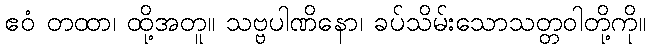
ဧဝံ တထာ၊ ထို့အတူ။ သဗ္ဗပါဏိနော၊ ခပ်သိမ်းသောသတ္တဝါတို့ကို။